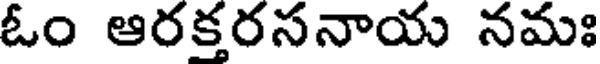
ఓం ఆరక్తరసనాయ నమః